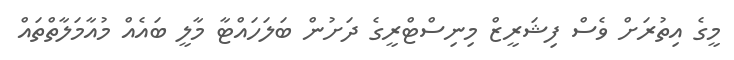
މީގެ އިތުރަށް ވެސް ފިޝަރީޒް މިނިސްޓްރީގެ ދަށުން ބަލަހައްޓާ މާލީ ބައެއް މުއާމަލާތްތައް